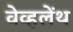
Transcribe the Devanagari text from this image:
वेव्हलेंथ